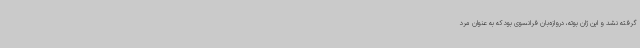
گرفته نشد و این ژان بوته، دروازه‌بان فرانسوی بود که به‌ عنوان مرد